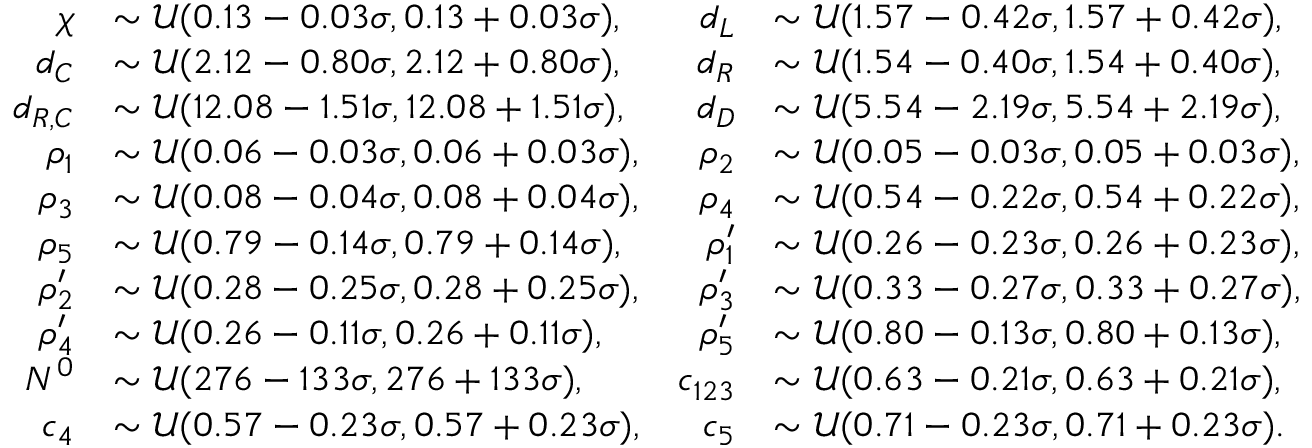
\begin{array} { r l r l } { \chi } & { \sim \mathcal { U } ( 0 . 1 3 - 0 . 0 3 \sigma , 0 . 1 3 + 0 . 0 3 \sigma ) , } & { d _ { L } } & { \sim \mathcal { U } ( 1 . 5 7 - 0 . 4 2 \sigma , 1 . 5 7 + 0 . 4 2 \sigma ) , } \\ { d _ { C } } & { \sim \mathcal { U } ( 2 . 1 2 - 0 . 8 0 \sigma , 2 . 1 2 + 0 . 8 0 \sigma ) , } & { d _ { R } } & { \sim \mathcal { U } ( 1 . 5 4 - 0 . 4 0 \sigma , 1 . 5 4 + 0 . 4 0 \sigma ) , } \\ { d _ { R , C } } & { \sim \mathcal { U } ( 1 2 . 0 8 - 1 . 5 1 \sigma , 1 2 . 0 8 + 1 . 5 1 \sigma ) , } & { d _ { D } } & { \sim \mathcal { U } ( 5 . 5 4 - 2 . 1 9 \sigma , 5 . 5 4 + 2 . 1 9 \sigma ) , } \\ { \rho _ { 1 } } & { \sim \mathcal { U } ( 0 . 0 6 - 0 . 0 3 \sigma , 0 . 0 6 + 0 . 0 3 \sigma ) , } & { \rho _ { 2 } } & { \sim \mathcal { U } ( 0 . 0 5 - 0 . 0 3 \sigma , 0 . 0 5 + 0 . 0 3 \sigma ) , } \\ { \rho _ { 3 } } & { \sim \mathcal { U } ( 0 . 0 8 - 0 . 0 4 \sigma , 0 . 0 8 + 0 . 0 4 \sigma ) , } & { \rho _ { 4 } } & { \sim \mathcal { U } ( 0 . 5 4 - 0 . 2 2 \sigma , 0 . 5 4 + 0 . 2 2 \sigma ) , } \\ { \rho _ { 5 } } & { \sim \mathcal { U } ( 0 . 7 9 - 0 . 1 4 \sigma , 0 . 7 9 + 0 . 1 4 \sigma ) , } & { \rho _ { 1 } ^ { \prime } } & { \sim \mathcal { U } ( 0 . 2 6 - 0 . 2 3 \sigma , 0 . 2 6 + 0 . 2 3 \sigma ) , } \\ { \rho _ { 2 } ^ { \prime } } & { \sim \mathcal { U } ( 0 . 2 8 - 0 . 2 5 \sigma , 0 . 2 8 + 0 . 2 5 \sigma ) , } & { \rho _ { 3 } ^ { \prime } } & { \sim \mathcal { U } ( 0 . 3 3 - 0 . 2 7 \sigma , 0 . 3 3 + 0 . 2 7 \sigma ) , } \\ { \rho _ { 4 } ^ { \prime } } & { \sim \mathcal { U } ( 0 . 2 6 - 0 . 1 1 \sigma , 0 . 2 6 + 0 . 1 1 \sigma ) , } & { \rho _ { 5 } ^ { \prime } } & { \sim \mathcal { U } ( 0 . 8 0 - 0 . 1 3 \sigma , 0 . 8 0 + 0 . 1 3 \sigma ) , } \\ { N ^ { 0 } } & { \sim \mathcal { U } ( 2 7 6 - 1 3 3 \sigma , 2 7 6 + 1 3 3 \sigma ) , } & { c _ { 1 2 3 } } & { \sim \mathcal { U } ( 0 . 6 3 - 0 . 2 1 \sigma , 0 . 6 3 + 0 . 2 1 \sigma ) , } \\ { c _ { 4 } } & { \sim \mathcal { U } ( 0 . 5 7 - 0 . 2 3 \sigma , 0 . 5 7 + 0 . 2 3 \sigma ) , } & { c _ { 5 } } & { \sim \mathcal { U } ( 0 . 7 1 - 0 . 2 3 \sigma , 0 . 7 1 + 0 . 2 3 \sigma ) . } \end{array}